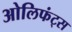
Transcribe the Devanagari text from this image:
ओलिफंट्स